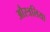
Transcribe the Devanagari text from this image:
औस्त्रलिया